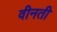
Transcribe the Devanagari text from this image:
वीनती